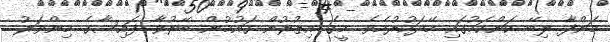
މަންފާ ލިބޭ ކަންކަމުގައި ހޭދަކުރުމެވެ. މީގެ އިތުރުން ގައުމުން ބޭރުވާ ފައިސާގެ މިންވަރު